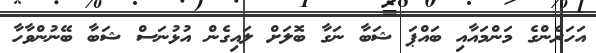
އަހަރެންގެ މަންމައާއި ބައްޕަ ޝަބާ ނަގާ ބޮލަށް ލައިގެން އުޅުނަސް ޝަބާ ބޭނުންވާހާ